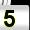
Digit: 5